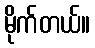
မိုက်တယ်။